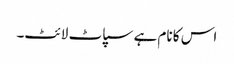
اس کا نام ہے سپاٹ لائٹ۔